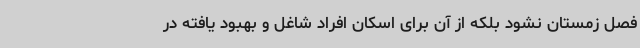
فصل زمستان نشود بلکه از آن برای اسکان افراد شاغل و بهبود یافته در